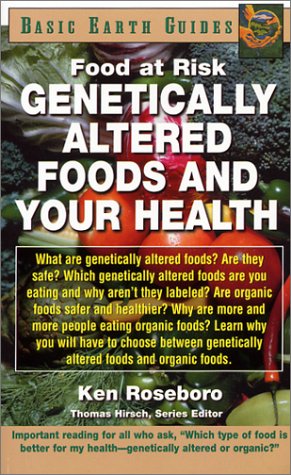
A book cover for Genetically Altered Foods and Your Health (Basic Earth Guides); Ken Roseboro; Health, Fitness & Dieting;